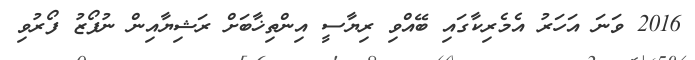
2016 ވަނަ އަހަރު އެމެރިކާގައި ބޭއްވި ރިޔާސީ އިންތިޚާބަށް ރަޝިޔާއިން ނުފޯޒު ފޯރުވި